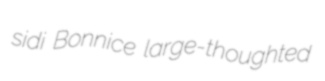
sidi Bonnice large-thoughted